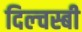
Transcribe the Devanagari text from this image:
दिल्चस्बी